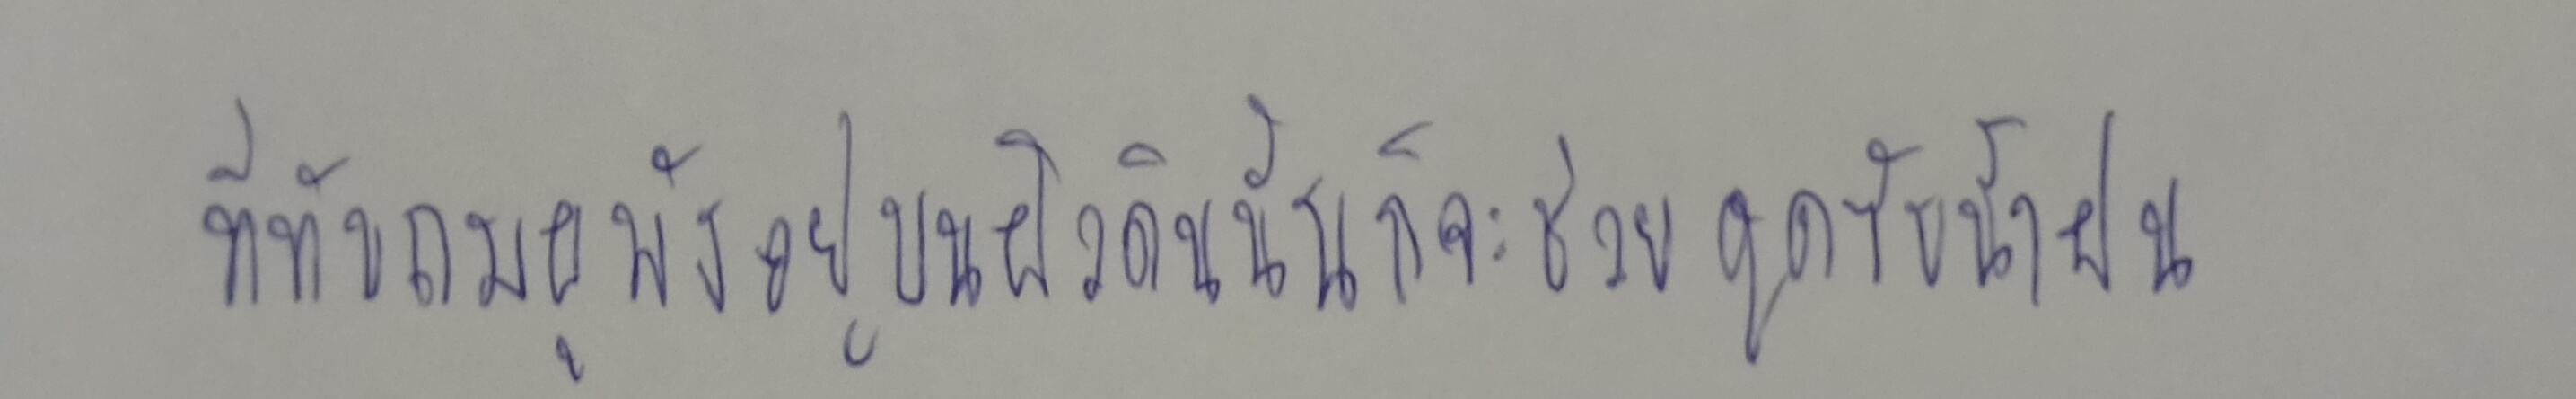
ที่ทับถมผุพังอยู่บนผิวดินนั้นก็จะช่วยดูดซับน้ำฝน